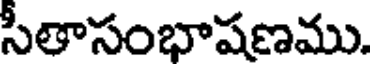
సీతాసంభాషణము.